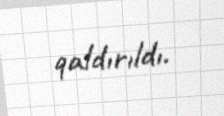
qaldırıldı.